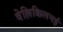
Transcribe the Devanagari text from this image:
वेल्लिक्किलमई